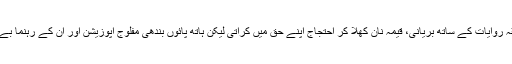
اگر اپوزیشن میں دم خم ہوتا، تو اس موقع سے بھرپور فائدہ اٹھاتی، مزدور طبقے کو سابقہ روایات کے ساتھ بریانی، قیمہ نان کھلا کر احتجاج اپنے حق میں کراتی لیکن ہاتھ پائوں بندھی مفلوج اپوزیشن اور ان کے رہنما بے بسی کے عالم میں رفوچکر ہیں، جو سامنے آتے ہیں جھلک دکھلاکر غائب ہوجاتے ہیں۔